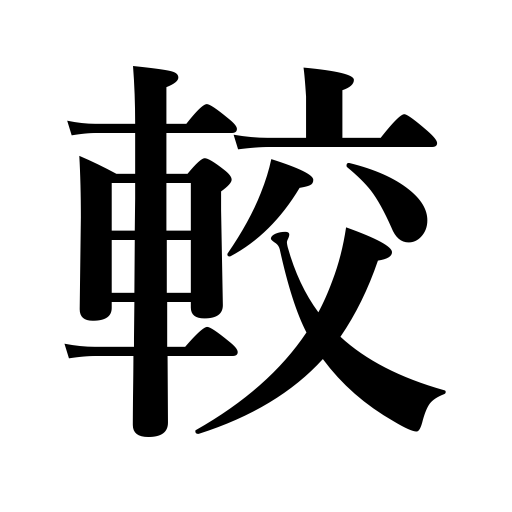
Meanings: compare,contrast,balance